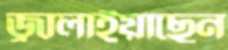
জ্বালাইয়াছেন